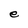
Character: e